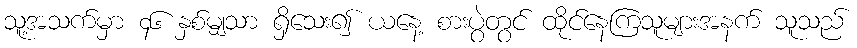
သူ့အသက်မှာ ၄၆ နှစ်မျှသာ ရှိသေး၍ ယနေ့ စားပွဲတွင် ထိုင်နေကြသူများအနက် သူသည်